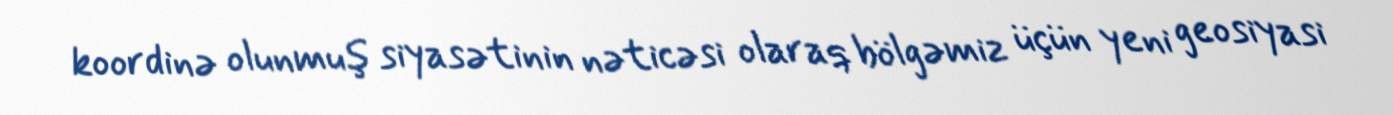
koordinə olunmuş siyasətinin nəticəsi olaraq bölgəmiz üçün yeni geosiyasi